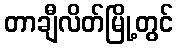
တာချီလိတ်မြို့တွင်